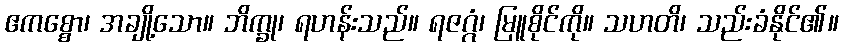
ဧကစ္စော၊ အချို့သော။ ဘိက္ခု၊ ရဟန်းသည်။ ရဇဂ္ဂံ၊ မြူစိုင်ကို။ သဟတိ၊ သည်းခံနိုင်၏။